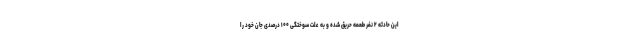
این حادثه ۲ نفر طعمه حریق شده و به علت سوختگی ۱۰۰ درصدی جان خود را